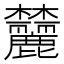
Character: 𬅛